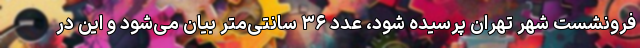
فرونشست شهر تهران پرسیده شود، عدد ۳۶ سانتی‌متر بیان می‌شود و این در